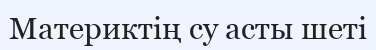
Материктің су асты шеті